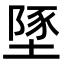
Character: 𡏇